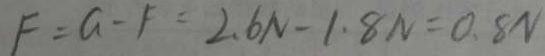
F = G - F = 2 . 6 N - 1 . 8 N = 0 . 8 N